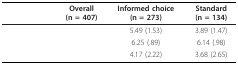
<table><thead><tr><td>[EMPTY_CELL]</td><td><b>Overall (n = 407)</b></td><td><b>Informed choice (n = 273)</b></td><td><b>Standard (n = 134)</b></td></tr></thead><tbody><tr><td>[EMPTY_CELL]</td><td>[EMPTY_CELL]</td><td>5.49 (1.53)</td><td>3.89 (1.47)</td></tr><tr><td>[EMPTY_CELL]</td><td>[EMPTY_CELL]</td><td>6.25 (.89)</td><td>6.14 (.98)</td></tr><tr><td>[EMPTY_CELL]</td><td>[EMPTY_CELL]</td><td>4.17 (2.22)</td><td>3.68 (2.65)</td></tr></tbody></table>